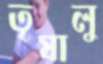
তৃষালু